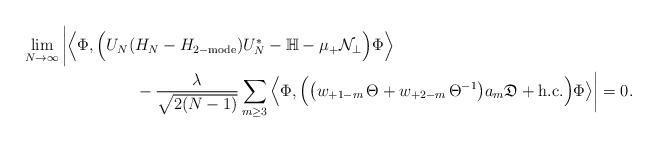
LaTeX: \begin{align*} \lim_{N\to\infty}\bigg|\Big\langle\Phi,\Big( {U}_N(&H_N-H_{2\mathrm{-mode}}){U}_N^*- \mathbb{H}- \mu_+ \mathcal{N}_\perp\Big)\Phi\Big\rangle\\&-\frac{\lambda}{\sqrt{2(N-1)}}\sum_{m\ge3}\Big\langle \Phi, \Big(\big(w_{+1-m}\,\Theta+w_{+2-m}\, \Theta^{-1}\big) a_m\mathfrak{D}+\mathrm{h.c.}\Big)\Phi\big\rangle\bigg|=0.\end{align*}